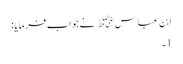
ابن عباس﷜ نےجواب فرمایا :
1۔